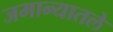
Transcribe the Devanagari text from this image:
जमान्यातले